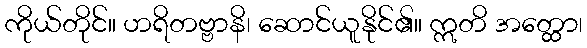
ကိုယ်တိုင်။ ဟရိတဗ္ဗာနိ၊ ဆောင်ယူနိုင်၏။ ဣတိ အတ္ထော၊